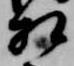
相